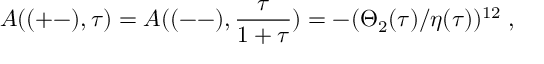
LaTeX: A ( ( + - ) , \tau ) = A ( ( -- ) , \frac { \tau } { 1 + \tau } ) = - ( \Theta _ { 2 } ( \tau ) / \eta ( \tau ) ) ^ { 1 2 } \; ,